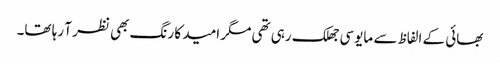
بھائی کے الفاظ سے مایوسی جھلک رہی تھی مگر امید کا رنگ بھی نظر آ رہا تھا۔